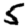
Digit: 5